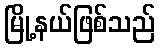
မြို့နယ်ဖြစ်သည်